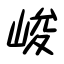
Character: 峻